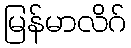
မြန်မာလိဂ်